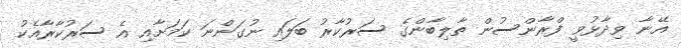
އޭނާ ވިދާޅުވީ ފްރާންސުން ތާލިބާންގެ ސަރުކާރު ބަލައި ނުގަންނަ ކަމަށާއި އެ ސަރުކާރާއެކު